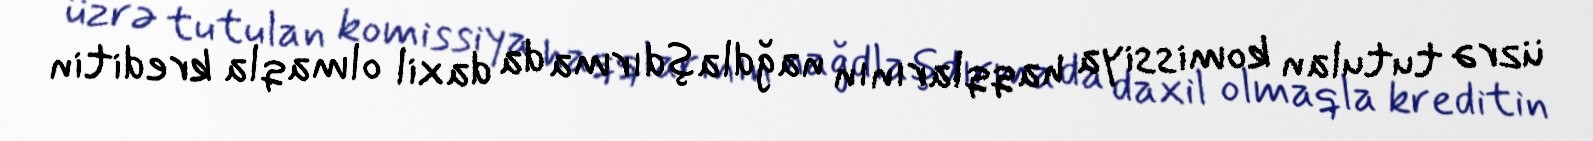
üzrə tutulan komissiya haqqlarının nağdlaşdırma da daxil olmaqla kreditin